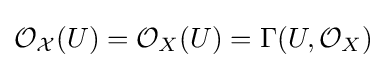
{\mathcal {O}}_{\mathcal {X}}(U)={\mathcal {O}}_{X}(U)=\Gamma (U,{\mathcal {O}}_{X})